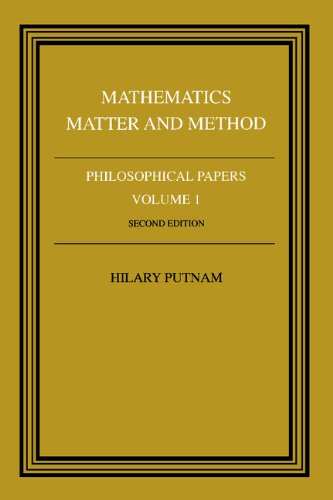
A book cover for Mathematics, Matter and Method (Philosophical Papers, Vol. 1); Science & Math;